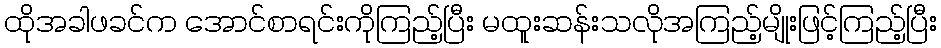
ထိုအခါဖခင်က အောင်စာရင်းကိုကြည့်ပြီး မထူးဆန်းသလိုအကြည့်မျိုးဖြင့်ကြည့်ပြီး